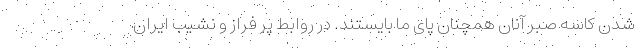
شدن کاسه صبر آنان همچنان پای ما بایستند. در روابط پر فراز و نشیب ایران